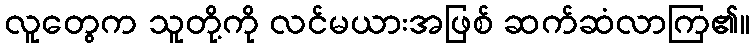
လူတွေက သူတို့ကို လင်မယားအဖြစ် ဆက်ဆံလာကြ၏။